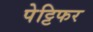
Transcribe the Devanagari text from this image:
पेट्टिफर